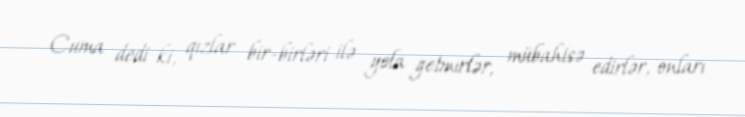
Cuma dedi ki, qızlar bir-birləri ilə yola getmirlər, mübahisə edirlər, onları